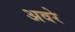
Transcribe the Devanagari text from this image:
अवरे